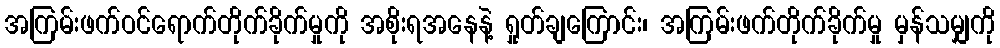
အကြမ်းဖက်ဝင်ရောက်တိုက်ခိုက်မှုကို အစိုးရအနေနဲ့ ရှုတ်ချကြောင်း၊ အကြမ်းဖက်တိုက်ခိုက်မှု မှန်သမျှကို